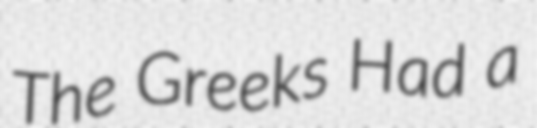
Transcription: The Greeks Had a